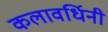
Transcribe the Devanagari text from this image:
कलावर्धिनी